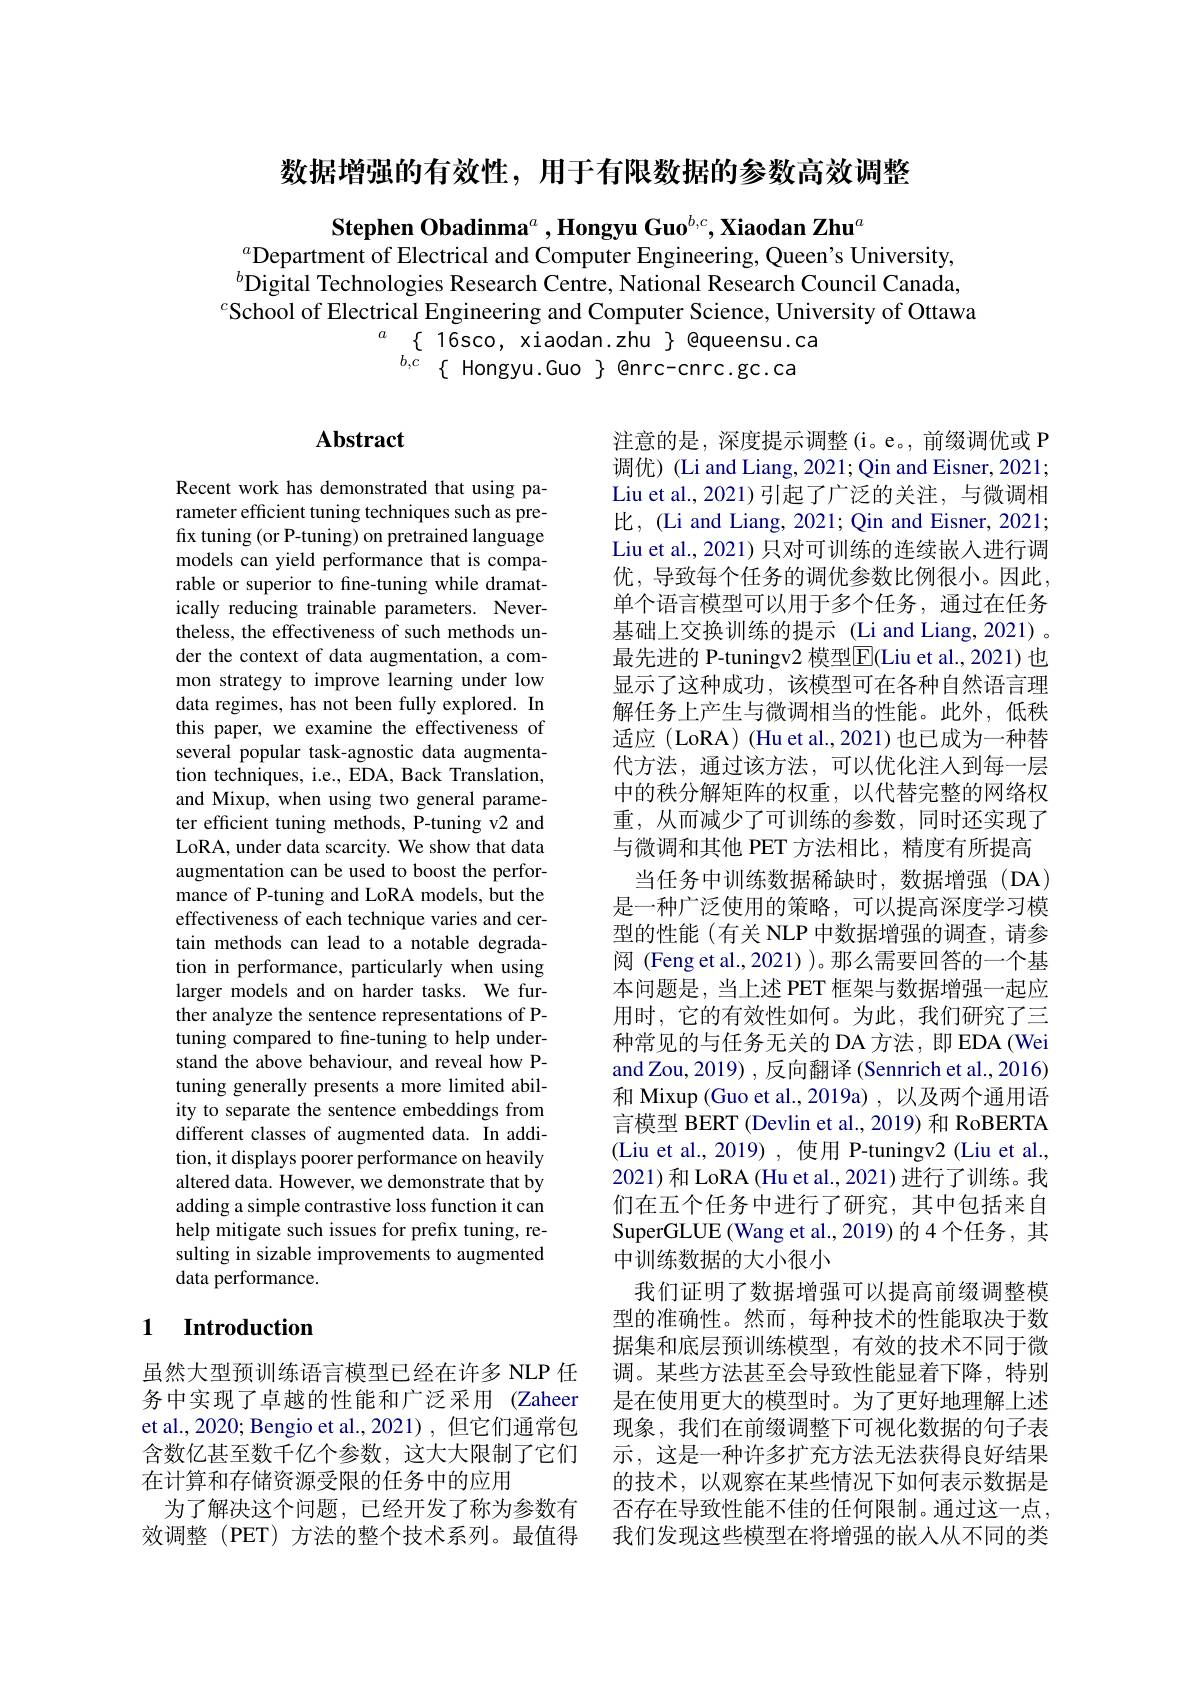
数据增强的有效性，用于有限数据的参数高效调整

Stephen Obadinma$^a,\textbf{Hongyu Guo}^{b,c},\textbf{Xiaodan Zhu}^a$
$^a$Department of Electrical and Computer Engineering, Queen's University, $^{b}$Digital Technologies Research Centre, National Research Council Canada, $^{c}$School of Electrical Engineering and Computer Science, University of Ottawa
$\begin{array}{cc}{a}&{\{}&{16\sec,\mathrm{~xiaodan.zhu~}\}}&{\text{@queensu.ca}}\\&{b,c}&{\{\text{Hongyu.Guo}\}}&{\text{@nrc-cnrc.gc.ca}}\end{array}$

## $\mathbf{Abstract}$

Recent work has demonstrated that using parameter efficient tuning techniques such as prefix tuning (or P-tuning) on pretrained language models can yield performance that is comparable or superior to fine-tuning while dramatically reducing trainable parameters. Nevertheless, the effectiveness of such methods under the context of data augmentation, a common strategy to improve learning under low data regimes, has not been fully explored. In this paper, we examine the effectiveness of several popular task-agnostic data augmentation techniques, i.e., EDA, Back Translation, and Mixup, when using two general parameter efficient tuning methods, P-tuning v2 and LoRA, under data scarcity. We show that data augmentation can be used to boost the performance of P-tuning and LoRA models, but the effectiveness of each technique varies and certain methods can lead to a notable degradation in performance, particularly when using larger models and on harder tasks. We further analyze the sentence representations of Ptuning compared to fine-tuning to help understand the above behaviour, and reveal how Ptuning generally presents a more limited ability to separate the sentence embeddings from different classes of augmented data. In addition, it displays poorer performance on heavily altered data. However, we demonstrate that by adding a simple contrastive loss function it can help mitigate such issues for prefix tuning, resulting in sizable improvements to augmented data performance.

注意的是，深度提示调整(i。e。,前缀调优或 P 调优)(Li and Liang, 2021; Qin and Eisner, 2021; Liu et al.,2021)引起了广泛的关注，与微调相比，(Li and Liang, 2021; Qin and Eisner, 2021; Liu et al., 2021) 只对可训练的连续嵌入进行调优，导致每个任务的调优参数比例很小。因此， 单个语言模型可以用于多个任务，通过在任务基础上交换训练的提示 (Li and Liang, 2021) 。最先进的 P-tuningv2 模型E(Liu et al., 2021) 也显示了这种成功，该模型可在各种自然语言理解任务上产生与微调相当的性能。此外，低秩适应 (LoRA) (Hu et al.,2021)也已成为一种替代方法，通过该方法，可以优化注人到每一层中的秩分解矩阵的权重，以代替完整的网络权重，从而减少了可训练的参数，同时还实现了与微调和其他 PET 方法相比，精度有所提高
当任务中训练数据稀缺时，数据增强(DA) 是一种广泛使用的策略，可以提高深度学习模型的性能(有关 NLP 中数据增强的调查，请参阅 (Feng et al., 2021) )。那么需要回答的一个基本问题是，当上述 PET 框架与数据增强一起应用时，它的有效性如何。为此，我们研究了三种常见的与任务无关的 DA 方法，即 EDA (Wei and Zou, 2019) ,反向翻译 (Sennrich et al., 2016) 和 Mixup (Guo et al.,2019a) ,以及两个通用语言模型 BERT (Devlin et al., 2019) 和 RoBERTA (Liu et al., 2019), 使用 P-tuningv2 (Liu et al., 2021)和 LoRA (Hu et al., 2021) 进行了训练。我们在五个任务中进行了研究，其中包括来自SuperGLUE (Wang et al., 2019) 的 4 个任务 , 其中训练数据的大小很小
我们证明了数据增强可以提高前缀调整模型的准确性。然而，每种技术的性能取决于数据集和底层预训练模型，有效的技术不同于微调。某些方法甚至会导致性能显着下降，特别是在使用更大的模型时。为了更好地理解上述现象，我们在前缀调整下可视化数据的句子表示，这是一种许多扩充方法无法获得良好结果的技术，以观察在某些情况下如何表示数据是否存在导致性能不佳的任何限制。通过这一点， 我们发现这些模型在将增强的嵌人从不同的类

## 1 Introduction

虽然大型预训练语言模型已经在许多 NLP 任务中实现了卓越的性能和广泛采用 (Zaheer et al., 2020; Bengio et al., 2021) , 但它们通常包含数亿甚至数千亿个参数，这大大限制了它们在计算和存储资源受限的任务中的应用
为了解决这个问题，已经开发了称为参数有效调整 (PET) 方法的整个技术系列。最值得